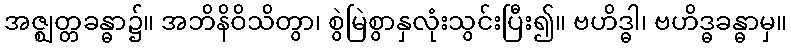
အဇ္ဈတ္တခန္ဓာ၌။ အဘိနိဝိသိတွာ၊ စွဲမြဲစွာနှလုံးသွင်းပြီး၍။ ဗဟိဒ္ဓါ၊ ဗဟိဒ္ဓခန္ဓာမှ။